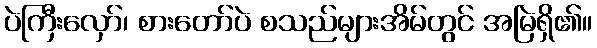
ပဲကြီးလှော်၊ စားတော်ပဲ စသည်များအိမ်တွင် အမြဲရှိ၏။